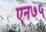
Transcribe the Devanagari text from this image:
एन७५